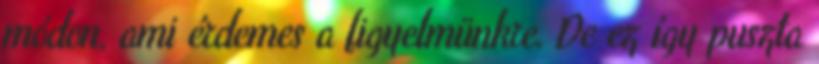
módon, ami érdemes a figyelmünkre. De ez így puszta